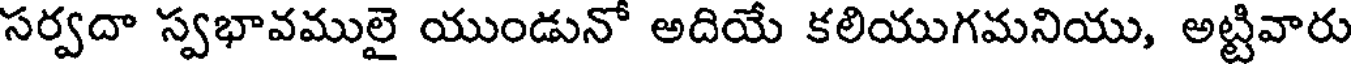
సర్వదా స్వభావములై యుండునో అదియే కలియుగమనియు, అట్టివారు